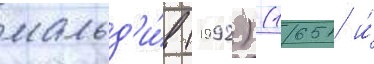
мальд'и́в (1992) (1651 и́